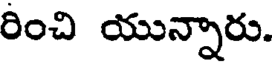
రించి యున్నారు.